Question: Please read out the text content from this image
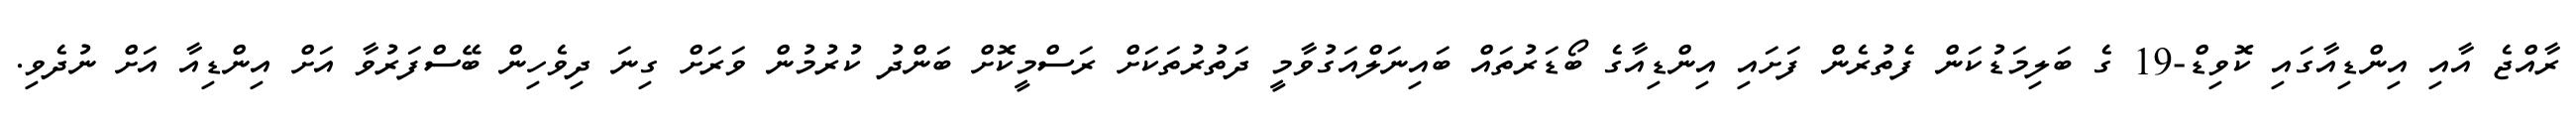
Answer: ރާއްޖެ އާއި އިންޑިއާގައި ކޮވިޑް-19 ގެ ބަލިމަޑުކަން ފެތުރެން ފަށައި އިންޑިއާގެ ބޯޑަރުތައް ބައިނަލްއަގުވާމީ ދަތުރުތަކަށް ރަސްމީކޮށް ބަންދު ކުރުމުން ވަރަށް ގިނަ ދިވެހިން ބޭސްފަރުވާ އަށް އިންޑިއާ އަށް ނުދެވި.